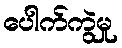
ပေါက်ကွဲမှု